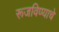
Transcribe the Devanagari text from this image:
रूजविण्याचे